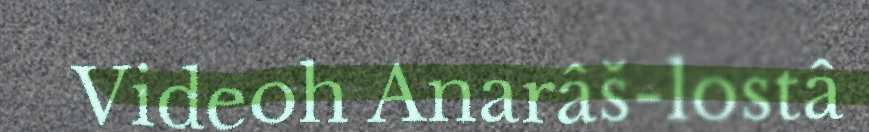
Videoh Anarâš-lostâ